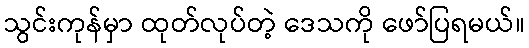
သွင်းကုန်မှာ ထုတ်လုပ်တဲ့ ဒေသကို ဖော်ပြရမယ်။